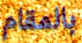
بالمقام